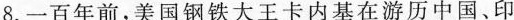
8. 一百年前，美国钢铁大王卡内基在游历 中国、印